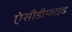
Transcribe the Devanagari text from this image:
ऐसीडीफाइड